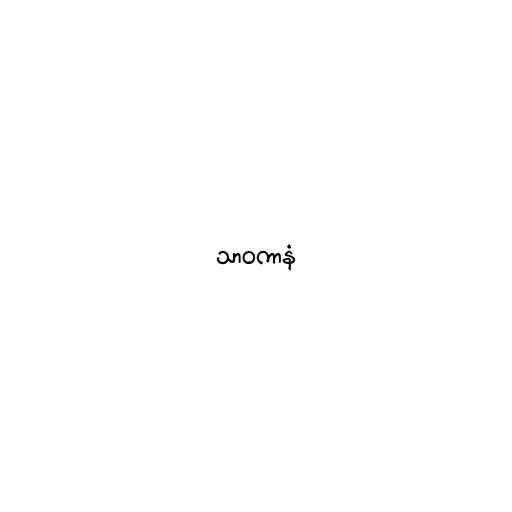
သာဝကာနံ